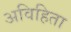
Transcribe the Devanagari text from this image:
अविहिता